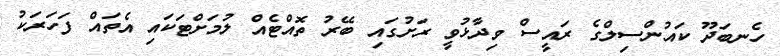
ހެނބަދޫ ކައުންސިލްގެ ރައީސް ވިދާޅުވީ ރަށުގައި ބޭރު ތޮއްޓެއް ލުމަށްޓަކައި އެތައް ފަހަރަކު